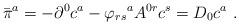
LaTeX: \begin{align*}{\bar{\pi}}^{a} = -\partial^{0} c^{a} - {\varphi_{rs}}^{a} A^{0r}c^{s} = D_{0} c^{a}~. \end{align*}